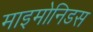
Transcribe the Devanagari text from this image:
माइमोनिडस